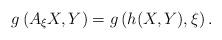
LaTeX: \begin{align*} g\left( {A}_{\xi}X, Y\right) = g\left( h(X,Y),\xi\right).\end{align*}